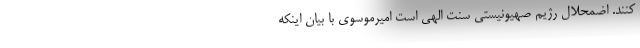
کنند. اضمحلال رژیم صهیونیستی سنت الهی است امیرموسوی با بیان اینکه